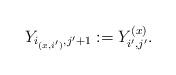
LaTeX: \begin{align*} Y_{i_{(x,i')}, j'+1} := Y^{(x)}_{i', j'}.\end{align*}